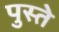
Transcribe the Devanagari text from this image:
पुस्ते